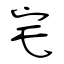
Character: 宅